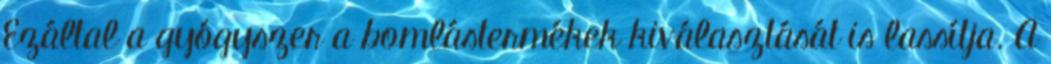
Ezáltal a gyógyszer a bomlástermékek kiválasztását is lassítja. A